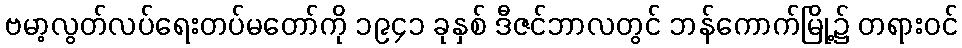
ဗမာ့လွတ်လပ်ရေးတပ်မတော်ကို ၁၉၄၁ ခုနှစ် ဒီဇင်ဘာလတွင် ဘန်ကောက်မြို့၌ တရားဝင်